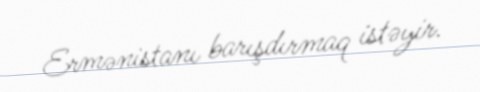
Ermənistanı barışdırmaq istəyir.